DOW-UAP-D49, Launch Summary, Vandenberg AFB, 2000
Agency: Department of War
Incident date: 2/3/00
Page 88
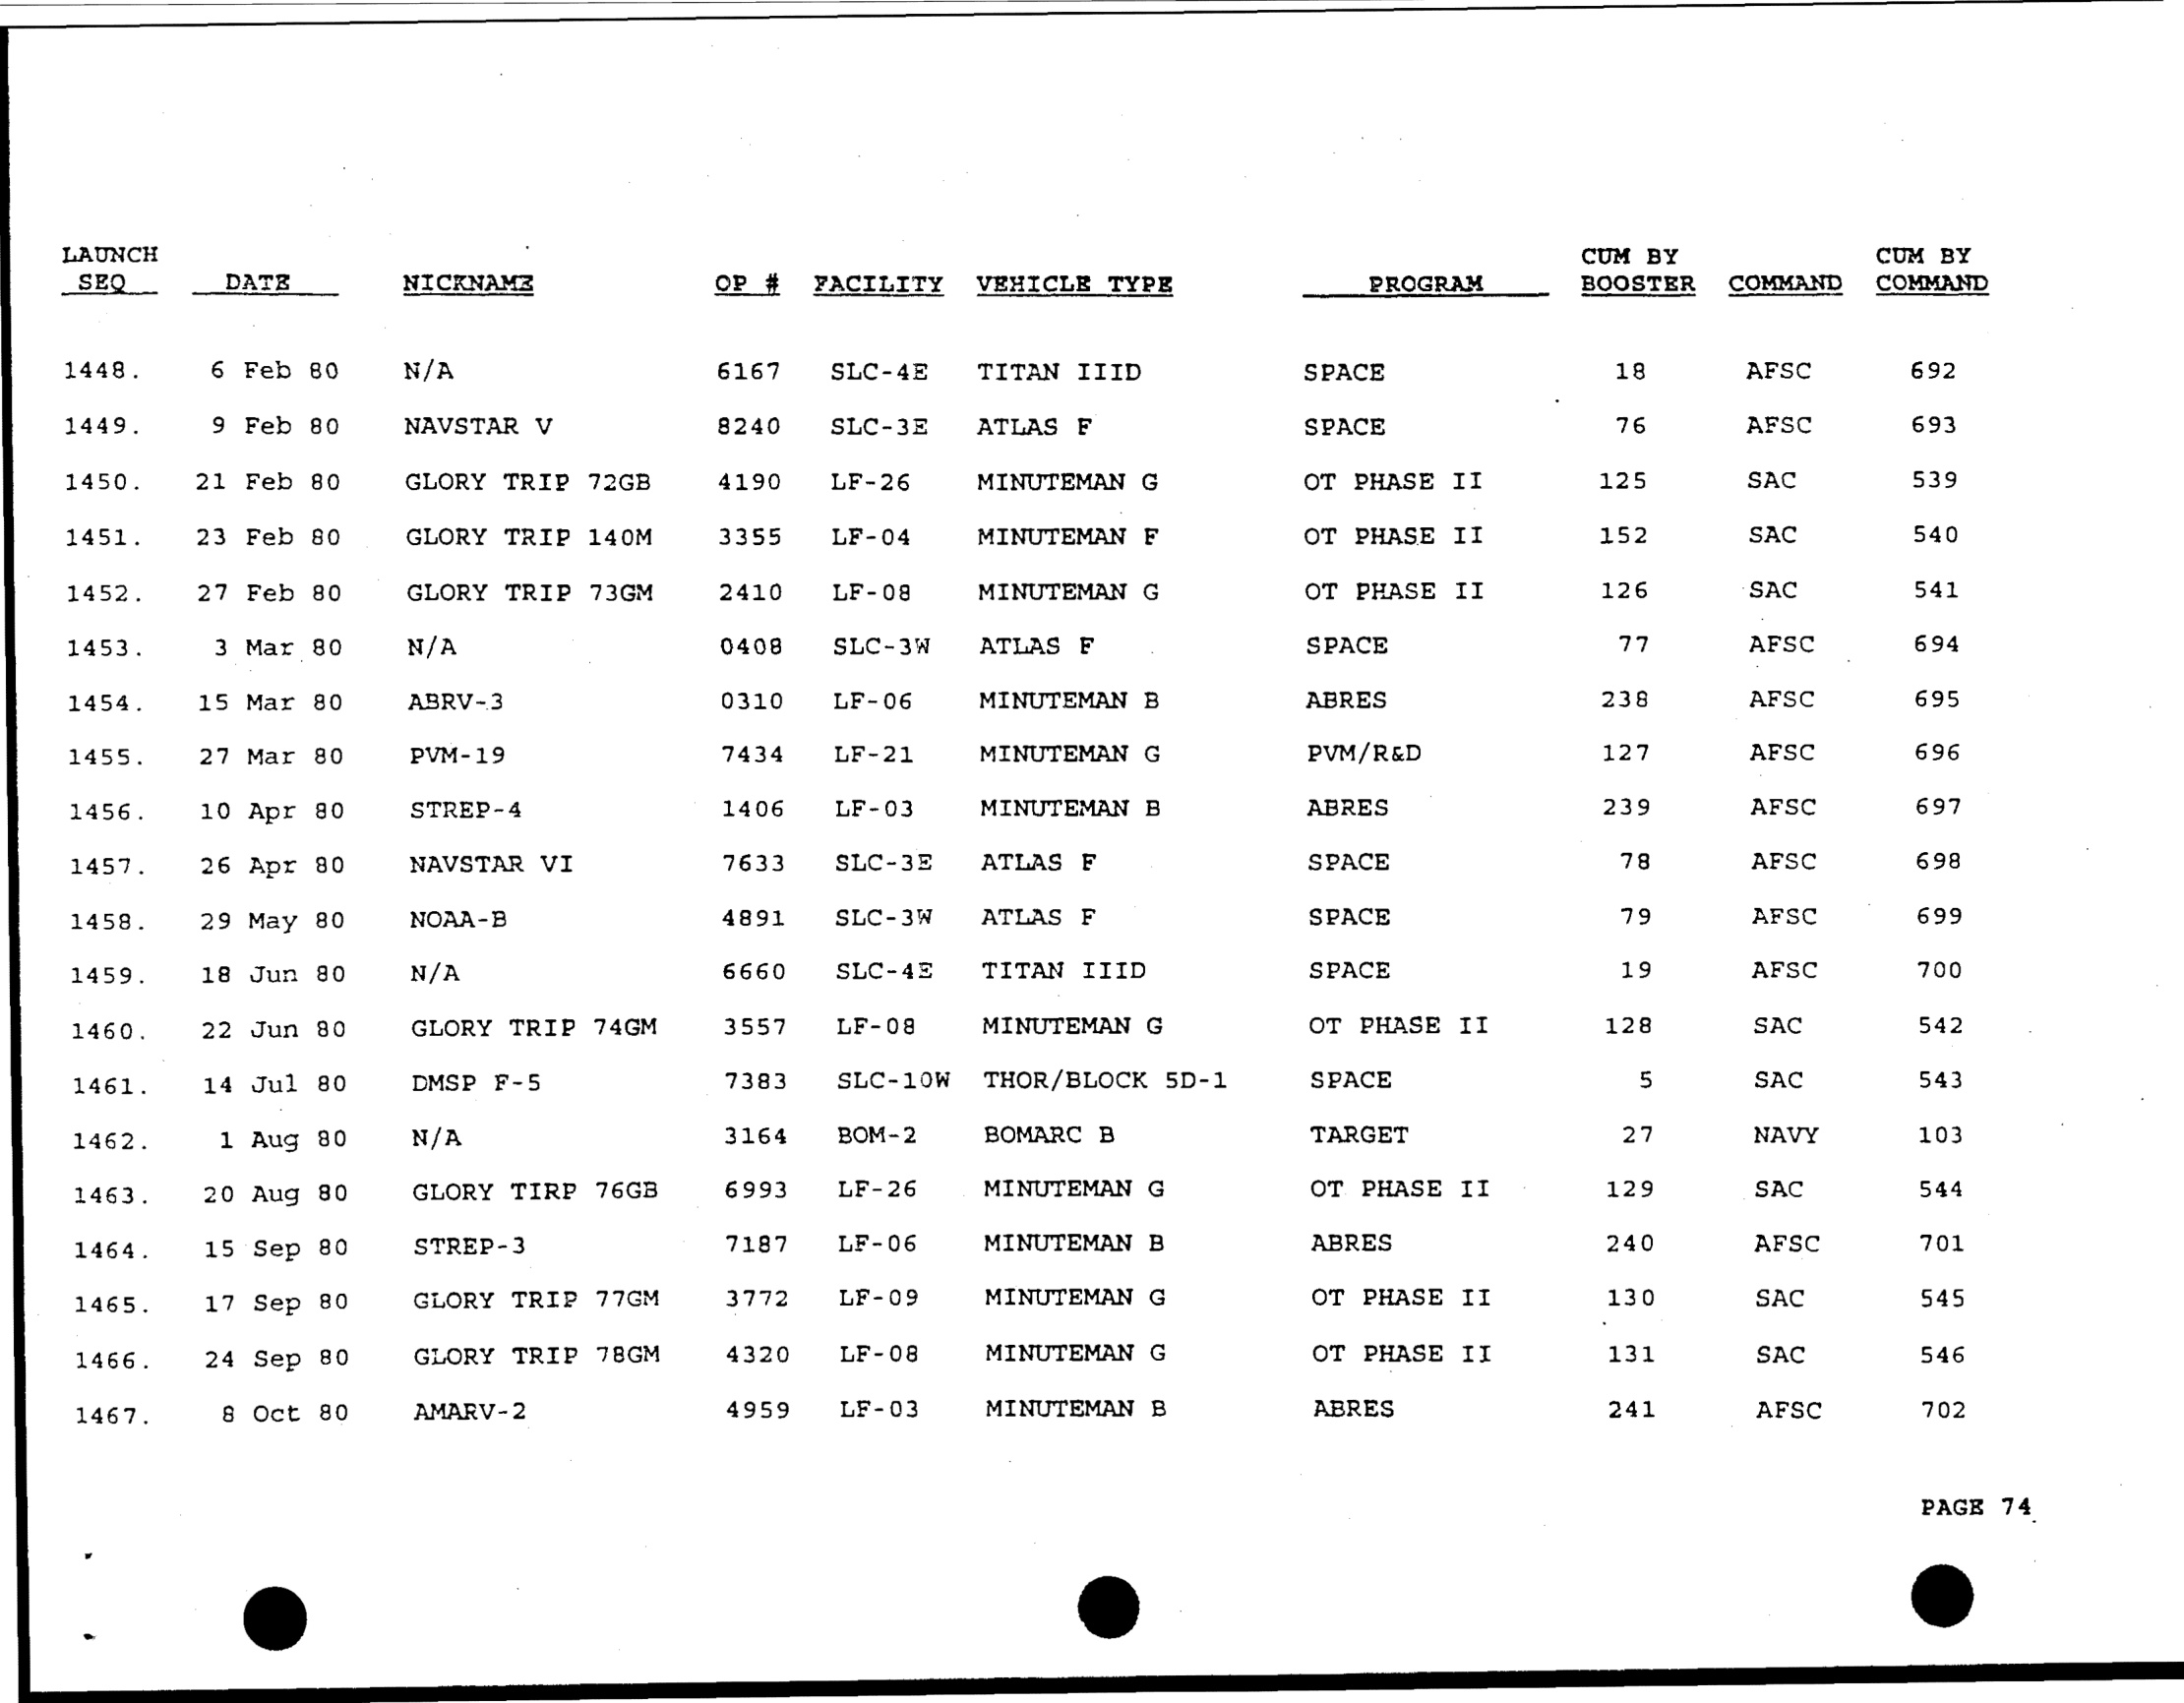